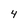
Character: 4